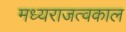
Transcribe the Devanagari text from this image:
मध्यराजत्वकाल